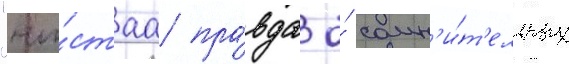
"чи́стаа пра́вда о́ сомн'и́т'ельных